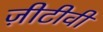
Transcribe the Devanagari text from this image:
ज़ीटीवी